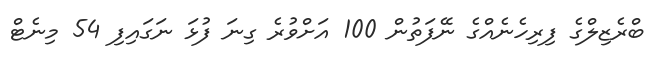
ބްރެޒިލްގެ ފިރިހެނެއްގެ ނޭފަތުން 100 އަށްވުރެ ގިނަ ފުޅަ ނަގައިފި 54 މިނެޓް